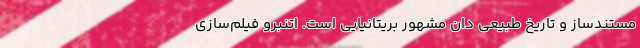
مستندساز و تاریخ طبیعی دان مشهور بریتانیایی است. اتنبرو فیلم‌سازی